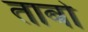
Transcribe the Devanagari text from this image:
ताबो